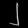
Digit: ၂